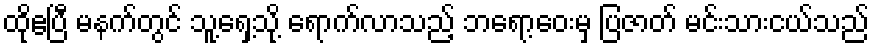
ထိုဧပြီ မနက်တွင် သူ့ရှေ့သို့ ရောက်လာသည့် ဘရော့ဝေးမှ ပြဇာတ် မင်းသားငယ်သည်